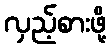
လှည့်စားဖို့